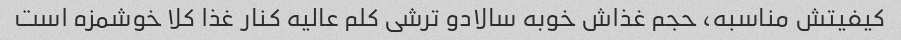
کیفیتش مناسبه، حجم غذاش خوبه سالادو ترشی کلم عالیه کنار غذا کلا خوشمزه است